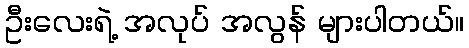
ဦးလေးရဲ့ အလုပ် အလွန် များပါတယ်။